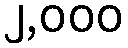
၂,၀၀၀